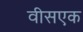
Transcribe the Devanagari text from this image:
वीसएक